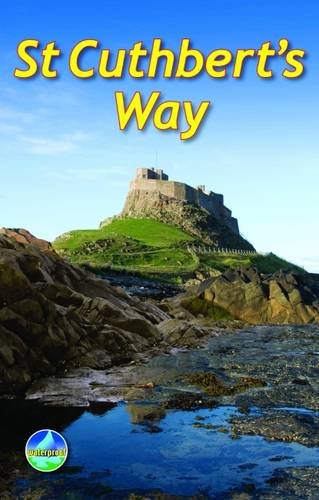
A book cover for St. Cuthberts's Way (Rucksack Readers); Ronald Turnball; Travel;